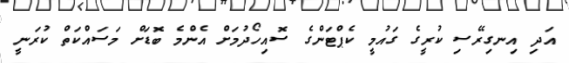
އަދި އިނގިރޭސި ކުރީގެ ގައުމީ ކެޕްޓަންގެ ސޮއިހޯދުމަށް އެންމެ ބޮޑަށް މަސައްކަތް ކުރަނީ